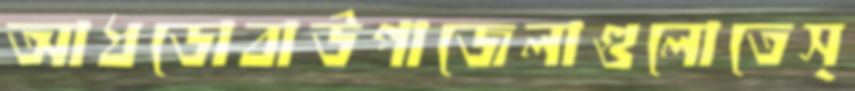
আধডোবাউপাজেলাগুলোতেস্